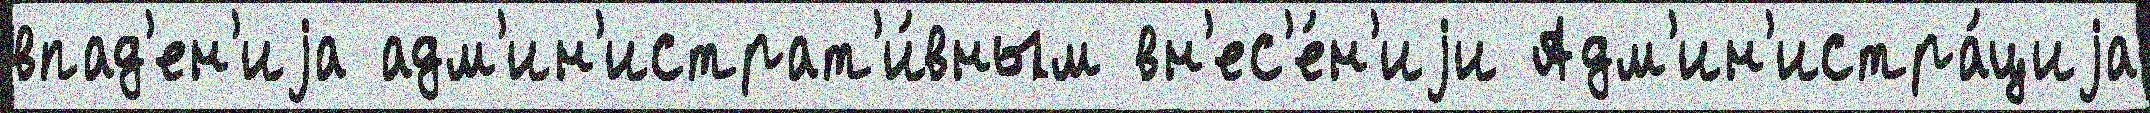
впад'ен'иjа адм'ин'истрат'и́вным вн'ес'е́н'иjи Адм'ин'истра́циjа